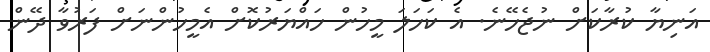
އަނިޔާ ކުރާކަށް ނުޖެހޭނެ. އެ ކަހަލަ މީހުން ހައްޔަރުކޮށް އެމީހުންނަށް ފަރުވާ ދޭން